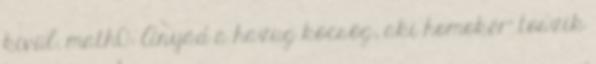
kívül. math0: Anyád a hazug köcsög, aki homokér' toszik